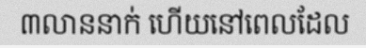
៣លាននាក់ ហើយនៅពេលដែល